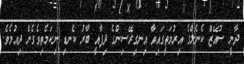
ދާނީ ސުއޭޒް ކެނެލްގެ އިރުމަތީގައިވާ އިނގިރޭސިންގެ ދިފާއީ ބާރު ކެނޑި ނިކަމެތިވެގެން ދިއުމެވެ.